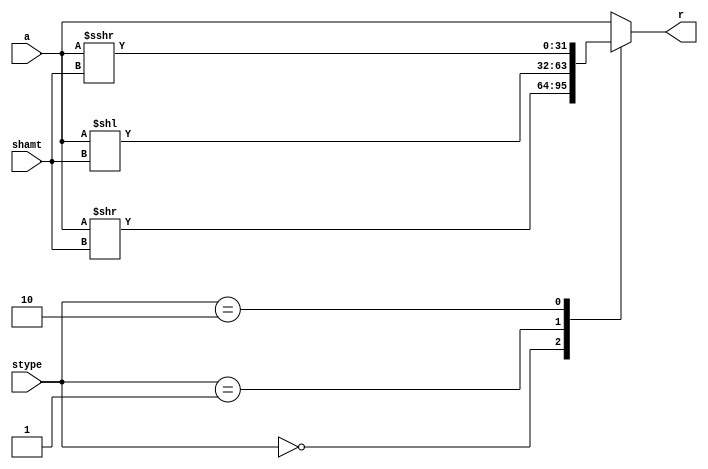
module shifter (
input [31:0] a,
input [5:0] shamt,
input [1:0] stype,
output  reg [31:0] r
);

	always @(*) begin
		case(stype)
		2'b00: r = a >> shamt; //case for logical shifting right
		2'b01: r = a << shamt; //case for logical shifting left
		2'b10:  r = a >>> shamt; //case for arithmetic shifting right
		default: r=a;
		endcase
	end
endmodule